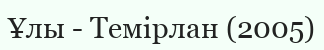
Ұлы - Темірлан (2005)